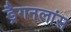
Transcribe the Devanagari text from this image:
ड्रैगनलांस